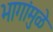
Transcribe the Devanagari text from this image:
भागांमुळे